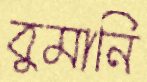
বুমানি